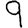
Digit: 9